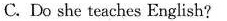
C. Do she teaches English?